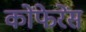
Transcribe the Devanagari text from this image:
कोंफेरेंस